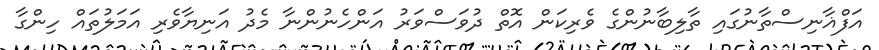
އަފްޣާނިސްތާނުގައި ތާލިބާނުންގެ ވެރިކަން އޮތް ދުވަސްވަރު އަންހެނުންނާ މެދު އަނިޔާވެރި އަމަލުތައް ހިންގާ